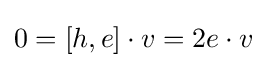
0=[h,e]\cdot v=2e\cdot v